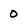
Character: 0